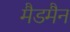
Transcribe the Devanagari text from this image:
मैडमैन